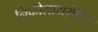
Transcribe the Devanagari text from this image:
निकोलाययेविच